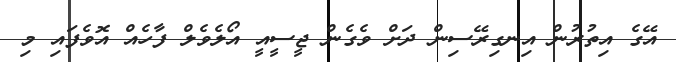
އޭގެ އިތުރުން އިނގިރޭސިން ދަށް ވެގެން ޖީސީއީ އޯލެވެލް ފާހެއް އޮވެފައި މި